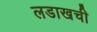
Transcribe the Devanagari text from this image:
लडाखची